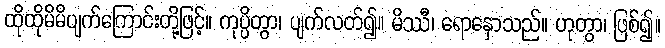
ထိုထိုမိမိပျက်ကြောင်းတို့ဖြင့်။ ကုပ္ပိတွာ၊ ပျက်လတ်၍။ မိဿီ၊ ရောနှောသည်။ ဟုတွာ၊ ဖြစ်၍။